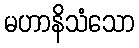
မဟာနိသံသော